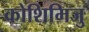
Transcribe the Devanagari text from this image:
कोशिमिजु